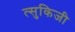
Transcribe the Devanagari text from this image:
त्सुकिजी